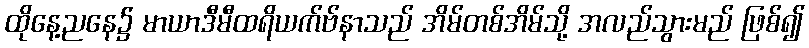
ထိုနေ့ညနေ၌ မာယာဒီမီထရိယက်ဗ်နာသည် အိမ်တစ်အိမ်သို့ အလည်သွားမည် ဖြစ်၍